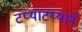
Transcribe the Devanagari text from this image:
टप्याटप्याने